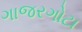
ગાજરગોટા